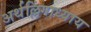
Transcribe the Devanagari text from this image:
अर्थल्लिंगाध्याय